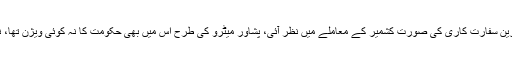
حکومت کی بدترین سفارت کاری کی صورت کشمیر کے معاملے میں نظر آئی، پشاور میٹرو کی طرح اس میں بھی حکومت کا نہ کوئی ویژن تھا، نہ منصوبہ بندی۔